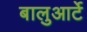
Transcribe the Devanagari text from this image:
बालुआर्टे